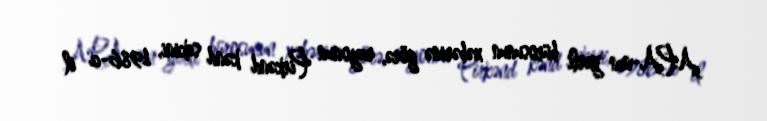
APA-nın yerli bürosunun xəbərinə görə, rayonun Pirkənd kənd sakini, 1986-cı il